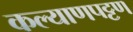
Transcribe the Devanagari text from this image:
कल्याणपट्टण